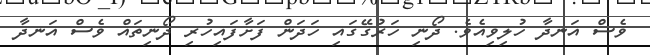
ވެސް އަނދާ ހުލިވިއެވެ. ދޯނި ހަރުގޭގައި ހަދަން ފަށާފައިހުރި ދޯނިތައް ވެސް އަނދާ